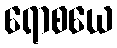
ရောစယေ